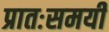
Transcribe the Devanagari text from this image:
प्रातःसमयी